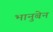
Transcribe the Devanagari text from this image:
भानुबेन